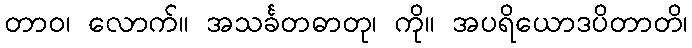
တာဝ၊ လောက်။ အသင်္ခတဓာတု၊ ကို။ အပရိယောဒပိတာတိ၊